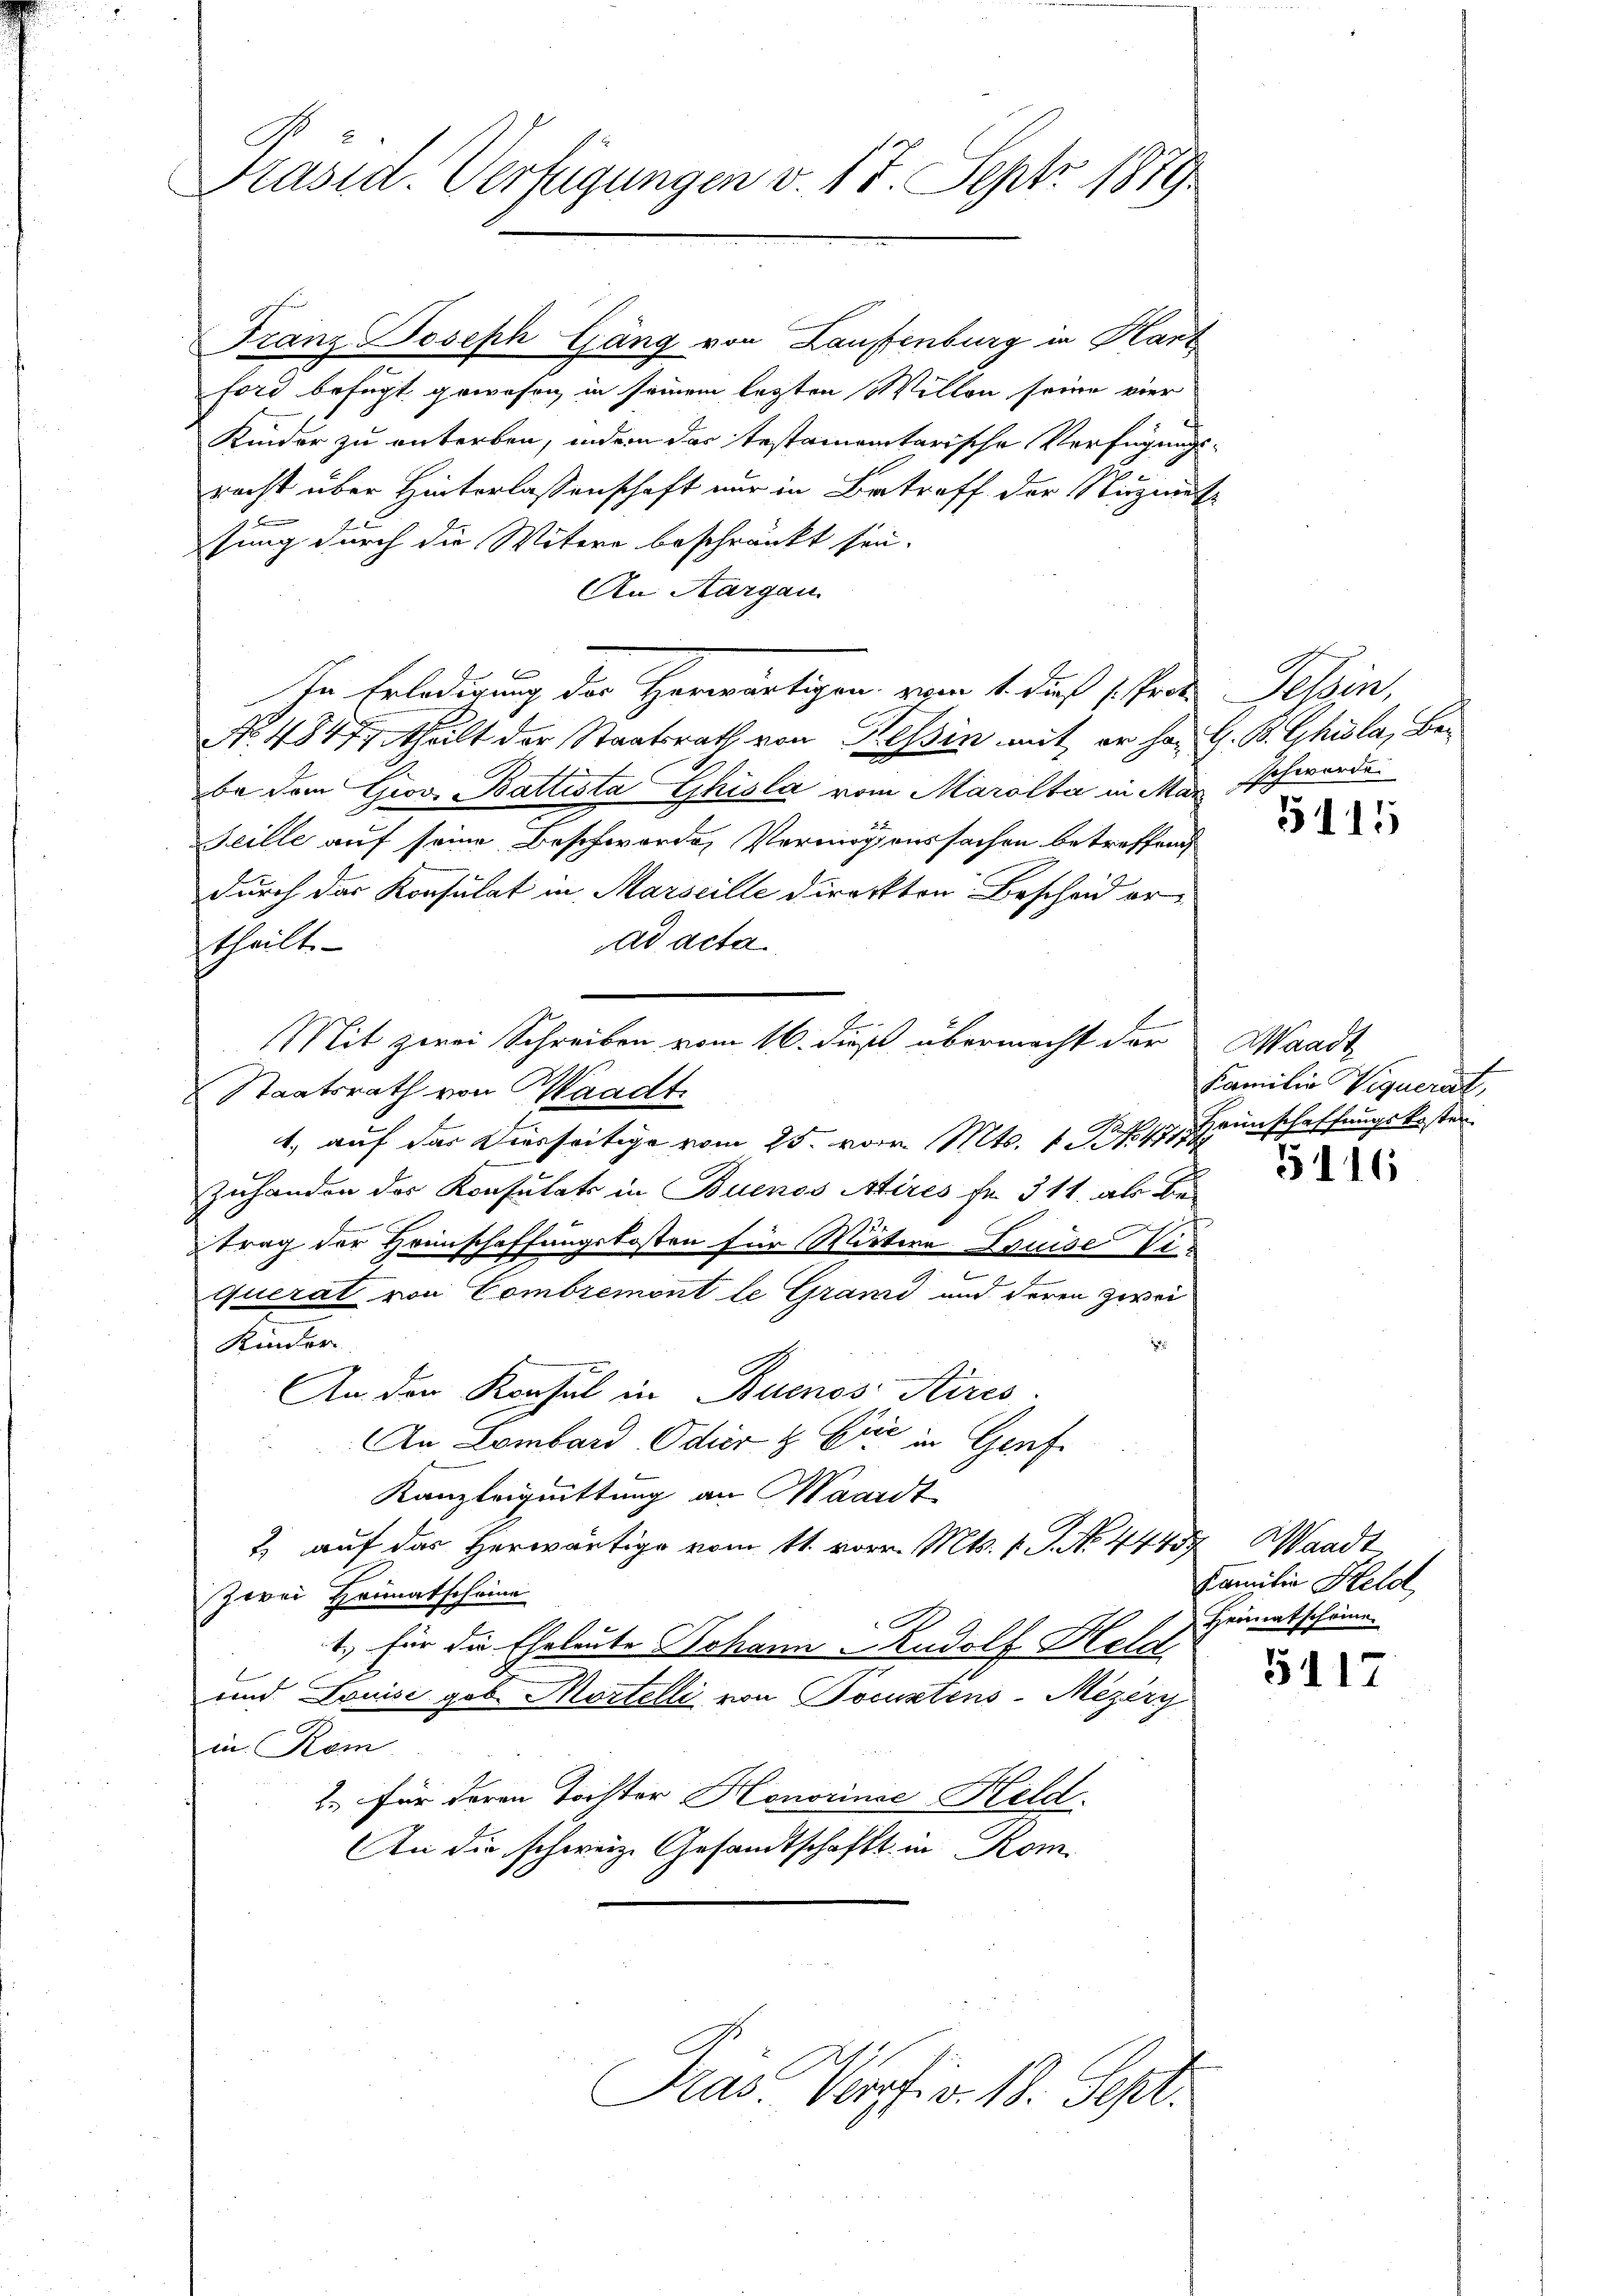
Präsid. Verfügungen v. 17. Sept. 1889

Franz Joseph Gäng von Laufenburg in Kant
ford befugt gewesen in seinem letzten Willen seine vier
Kinder zu anterben, indem das testamentarische Verfügungs¬
2
recht über Hinterlassenschaft nur in Betreff der Sigmut
sung durch die Witere beschränkt sei.
An Aargau.
No 4847, Thält der Staatsrath von Tessin mit er han G. B. Ghiola, Bebe dem Giov. Battista hisla vom Marolta in Man schwerde
Seille auf seine Beschwordes Vermögenssachen betreffend
durch das Konsulat in Marseille direckten Bescheid erad acta
theilt.
Staatsrath von Waadt.
1, auf das Diesseitige vom 25. vor. Mts. 1. 447, unschaffungskoster
Zuhanden des Konsulats in Buenos Aires fr. 311. als Betrag der Heinschaffungskosten für Mietere Louise Viquerat von Combremont le Grand und deren zwei
Kinder
An den Konsul in Buenos Aires.
An Lombard Odier & Cie in Genf
Kanzleiguittung an Maardt
& auf das Herwärtige vom 11. vor. Mts. v. J. No. 44457, Waadt
zwei Heimatscheine
1., für die Eheleute Johann Rudolf Held
und Louise gob Mortelli von Pocustens-Mezery
in Kom
2. für deren Tochter Honorinse Held.
An die schweiz. Gesandtschaft in Kom-

Mit zwei Schreiben vom 16. dieß übermacht der

In Erledigung der Herwärtigen vom 1. dieß stes Tessin,

Das Verpfiv. 18. Sept.

5115

Waadt
Familie Wiquerit,

5116

Familie Held
Heimatschön.

5117